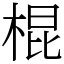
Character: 棍